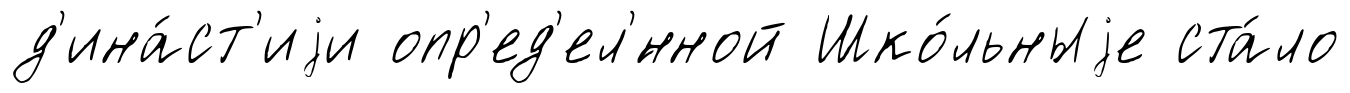
д'ина́ст'иjи опр'ед'ел'́нной Шко́льныjе ста́ло